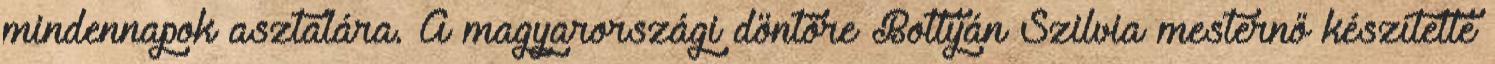
mindennapok asztalára. A magyarországi döntőre Bottyán Szilvia mesternő készítette